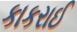
કાકરાઈ